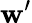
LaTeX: \mathbf{w}^{\prime}